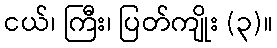
ငယ်၊ ကြီး၊ ပြတ်ကျိုး (၃)။